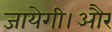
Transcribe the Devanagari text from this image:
जायेगी।और